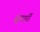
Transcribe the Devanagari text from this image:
सुधारोँ